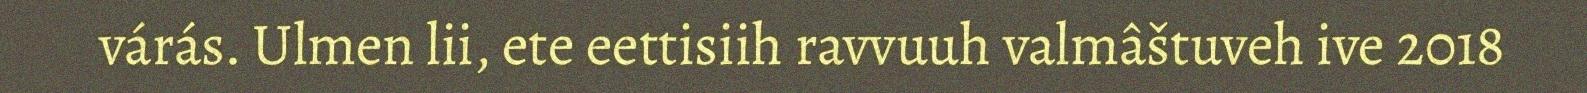
várás. Ulmen lii, ete eettisiih ravvuuh valmâštuveh ive 2018